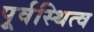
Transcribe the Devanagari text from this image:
पूर्वस्थित्व